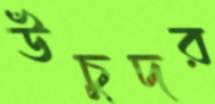
উঁচুদর